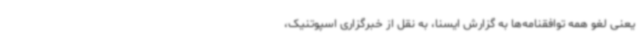
یعنی لغو همه توافقنامه‌ها به گزارش ایسنا، به نقل از خبرگزاری اسپوتنیک،